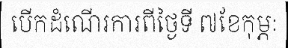
បើកដំណើរការពីថ្ងៃទី ៧ខែកុម្ភៈ